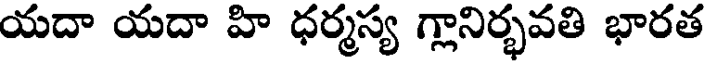
యదా యదా హి ధర్మస్య గ్లానిర్భవతి భారత